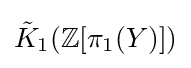
{\tilde {K}}_{1}(\mathbb {Z} [\pi _{1}(Y)])